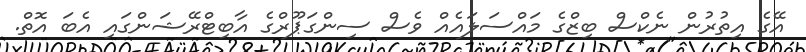
އޭގެ އިތުރުން ނެކްސް ބިޒްގެ މައްސަލައެއް ވެސް ސިންގަޕޫރްގެ އާބިޓްރޭޝަންގައި އެބަ އޮތް.